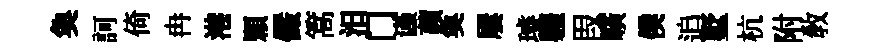
奐訶倚冉港顆儼篙汨门谨蘋奐屢璿軆叚曠僕追墅杭附敎